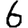
Digit: 6